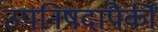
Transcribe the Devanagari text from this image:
उपनिषदांपैकीं